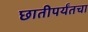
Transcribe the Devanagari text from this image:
छातीपर्यंतचा